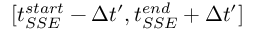
[ t _ { S S E } ^ { s t a r t } - \Delta t ^ { \prime } , t _ { S S E } ^ { e n d } + \Delta t ^ { \prime } ]